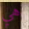
هي